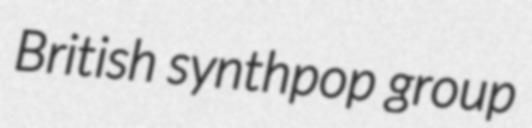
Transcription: British synthpop group